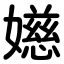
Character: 嬨